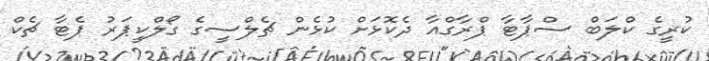
ކުރީގެ ކްލަބް ސްޕާޓާ ޕްރާގްއާ ދެކޮޅަށް ކުޅެން ޗެލްސީގެ ގޯލްކީޕަރު ޕެޓާ ޗެކް